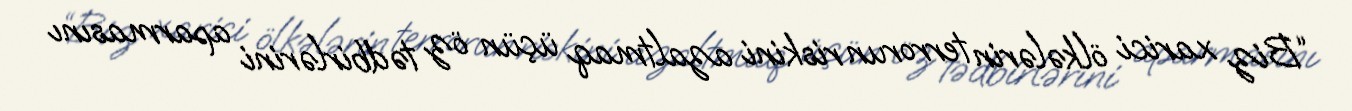
“Biz xarici ölkələrin terrorun riskini azaltmaq üçün öz tədbirlərini aparmasını